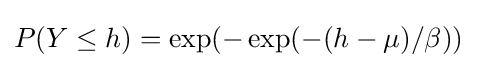
P(Y\leq h)=\exp(-\exp(-(h-\mu )/\beta ))